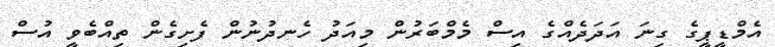
އެމްޑީޕީގެ ގިނަ އަދަދެއްގެ އިސް މެމްބަރުން މިއަދު ހެނދުނުން ފެށިގެން ތިއްބެވީ އުސް